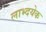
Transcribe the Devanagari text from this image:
लाभ्दयेक